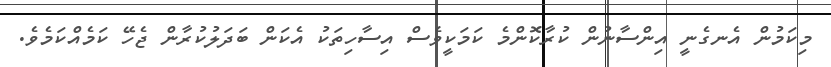
މިކަމުން އެނގެނީ އިންސާނުން ކުރާކޮންމެ ކަމަކީވެސް އިސާހިތަކު އެކަން ބަދަލުކުރާން ޖެހޭ ކަމެއްކަމެވެ.